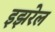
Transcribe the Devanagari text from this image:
इझरेल